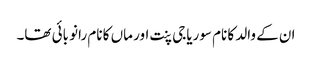
ان کے والد کا نام سوریاجی پنت اور ماں کا نام رانو بائی تھا۔